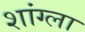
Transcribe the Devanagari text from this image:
शांग्ला